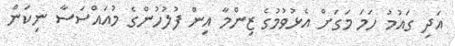
އަދި ގައުމު ހަމަ މަގަށް އެޅުވުމުގެ ޒިންމާ އިން ފުލުހުންގެ މުއައްސަސާ ނިކަން